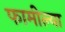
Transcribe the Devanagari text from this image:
फामील्या